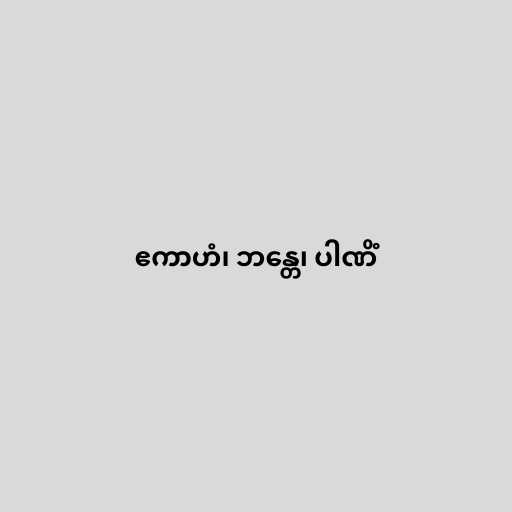
ဧကာဟံ၊ ဘန္တေ၊ ပါဏိံ